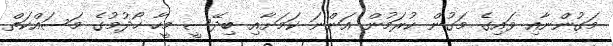
މަގުންނާއި ވައިގެ މަގުން ކުރަމުން އަންނަ ކަމަށާއި ބިދޭސީ މީހާ ހޯދުމުގެ މަސައްކަތް